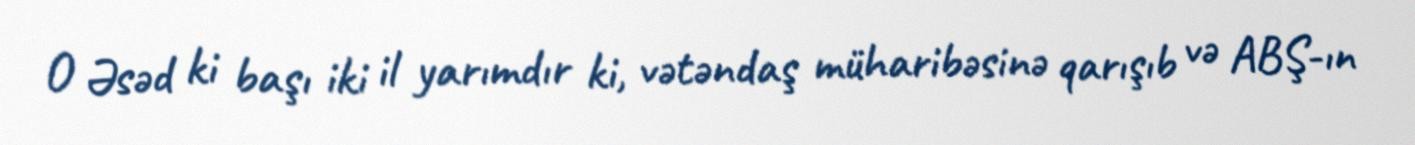
O Əsəd ki başı iki il yarımdır ki, vətəndaş müharibəsinə qarışıb və ABŞ-ın